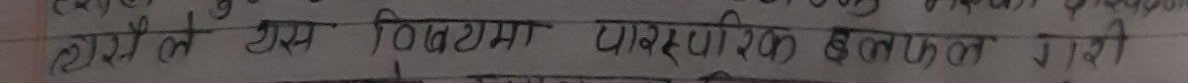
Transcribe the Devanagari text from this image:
राम्रो ले एक विषयमा प्रासंगिंक बलफल गरौ ।